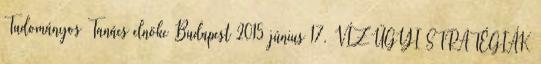
Tudományos Tanács elnöke Budapest 2015 június 17. VÍZÜGYI STRATÉGIÁK